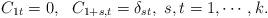
LaTeX: \begin{align*}C_{1t}=0,~ ~C_{1+s,t}=\delta_{st}, ~s,t=1,\cdots,k.\end{align*}